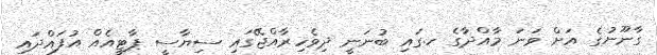
ގާނޫނުގެ އަށް ވަނަ މާއްދާގެ ހ.ގައި ބުނަނީ ދިވެހިރާއްޖޭގައި ސިޔާސީ ޕާޓީއެއް އުފައްދައި